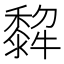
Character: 𤛿